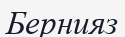
Бернияз